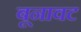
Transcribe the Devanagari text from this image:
बूनावट